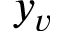
y _ { v }